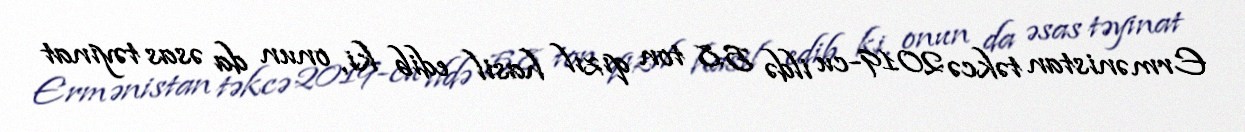
Ermənistan təkcə 2019-cu ildə 5.8 ton qızıl hasil edib ki, onun da əsas təyinat